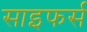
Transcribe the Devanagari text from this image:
साइफर्स